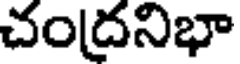
చంద్రనిభా